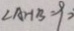
\angle A H B = 9 0 ^ { \circ }